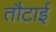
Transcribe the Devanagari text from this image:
तौटाई